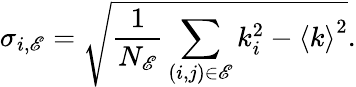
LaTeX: \sigma_{i,\mathscr{E}}=\sqrt{\frac{1}{N_{\mathscr{E}}}\sum_{(i,j)\in\mathscr{E}}k_{i}^{2}-{\left\langle k\right\rangle}^{2}}.